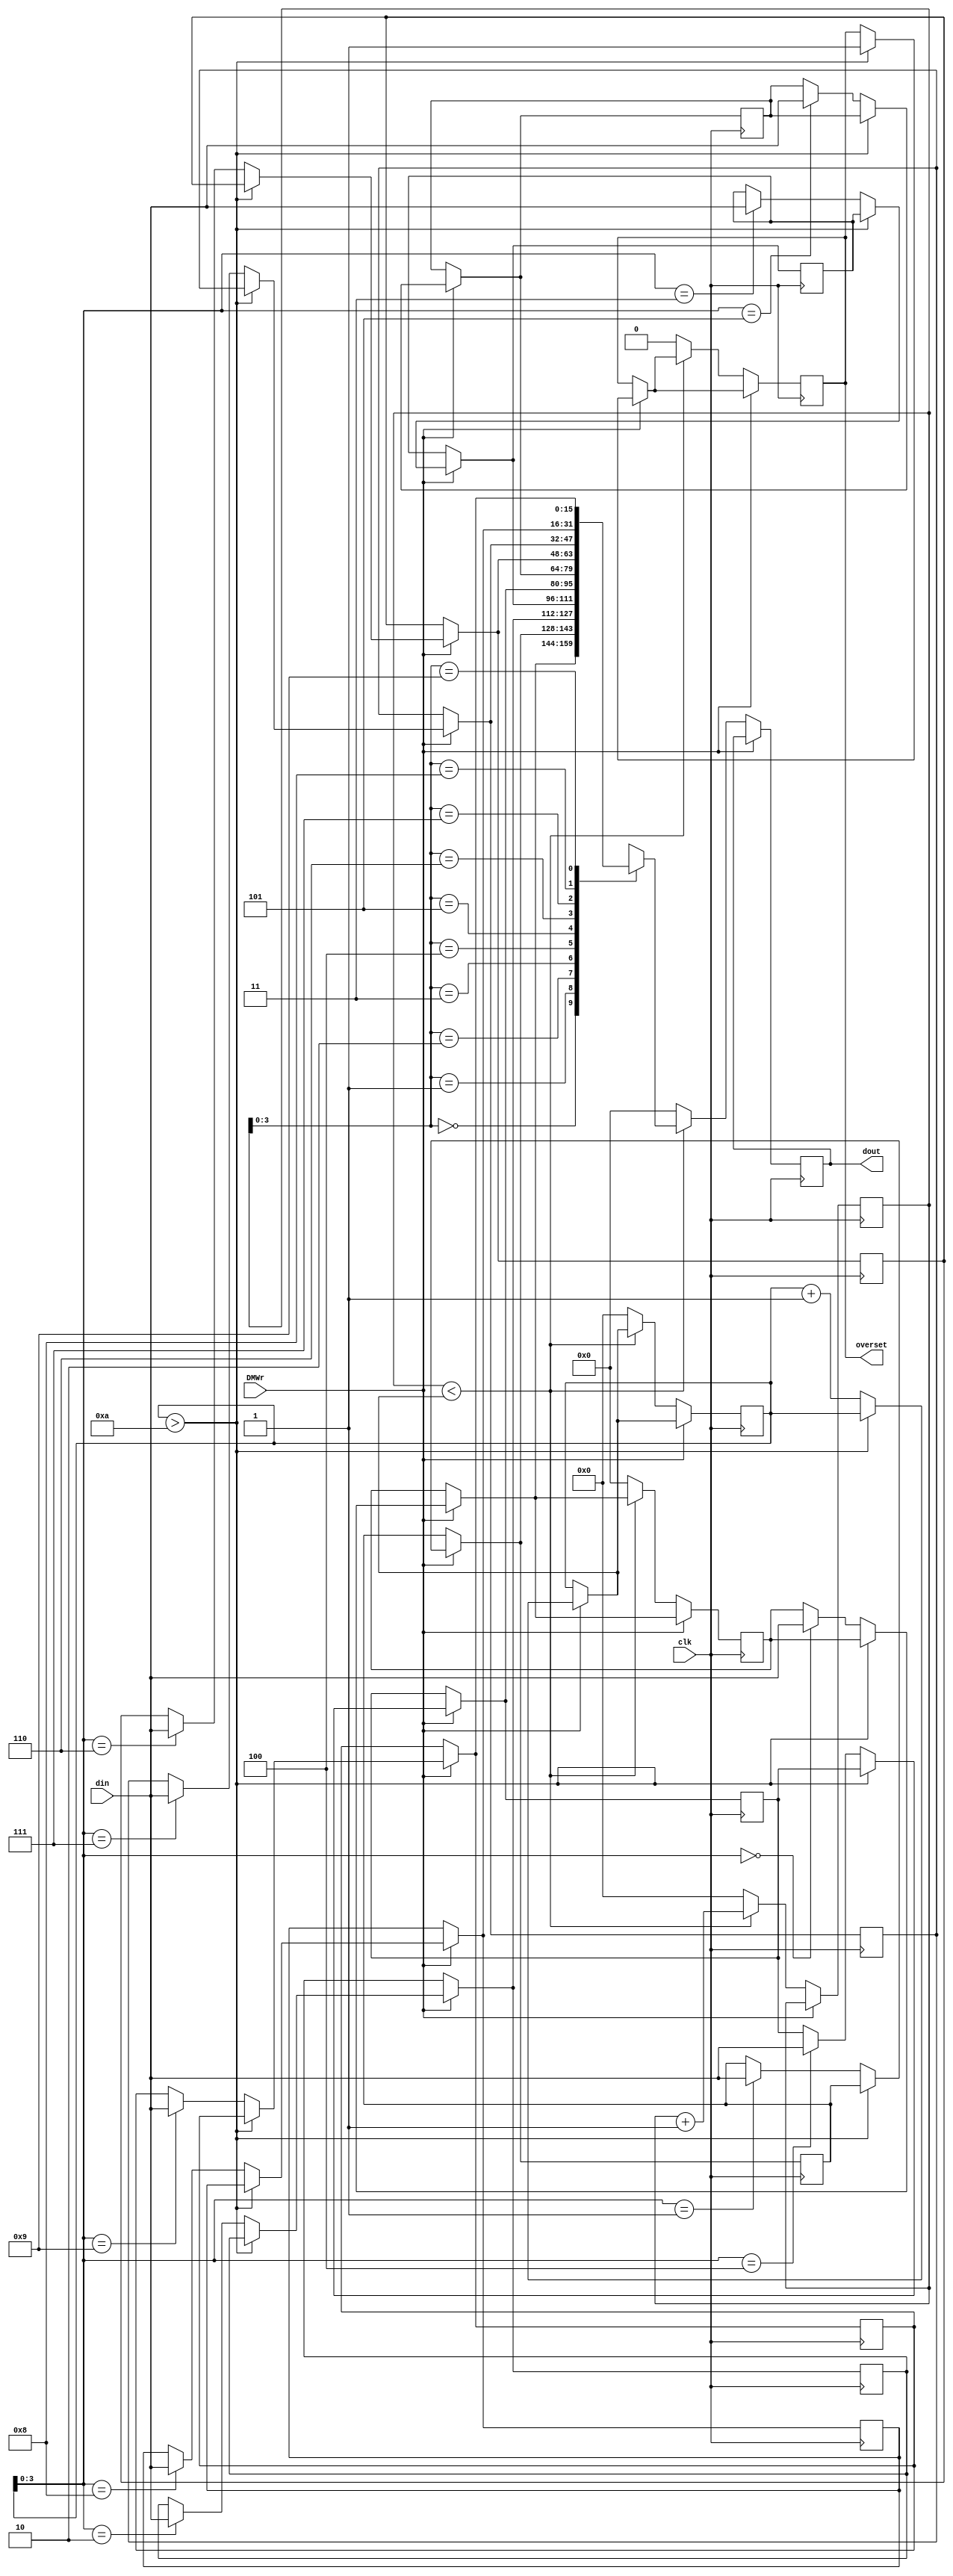
module dm( din, DMWr, clk, dout, overset);
   input  [15:0] din;
   input         DMWr;
   input         clk;
   output reg [15:0] dout; 
   output reg overset; 
   reg [15:0] dmem[9:0];//KB xiangdangyu128kuai
   reg [9:0]addr, head ;
   
   initial 
   begin
    addr=10'b0000000000;
    head=10'b0000000000;
    overset=1'b0;
   end
   
   always@(negedge clk )
   begin
	if(~clk)
	begin
		if(DMWr)
		begin
			//panyi
			if(addr>10)
			begin
				overset=1'b1;
			end
			else
			begin
				dmem[addr]= din;
				addr=addr+1'b1;
			end
        end 
    if(~DMWr)
    begin
		if(head<addr)
		begin
			dout= dmem[head];
			head= head+1'b1;
		end
		else 
		begin
			addr=10'b0000000000;
			dmem[addr]=16'h0000;
			head=10'b0000000000;
			dout= dmem[head];
			overset=1'b0;
		end
	end
  end
  end // end always
endmodule